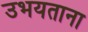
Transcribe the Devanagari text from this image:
उभयताना